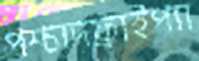
পশ্চাদফ্রাইপ্যা